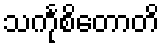
သင်္ကုစိတောတိ